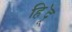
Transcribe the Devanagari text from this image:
हि॓दू